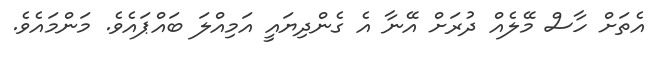
އެތަށް ހާސް މޭލެއް ދުރަށް އޭނާ އެ ގެންދިޔައީ އަމިއްލަ ބައްޕައެވެ. މަންމައެވެ.